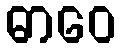
ဓာဝေ